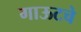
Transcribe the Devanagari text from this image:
गाऊटचे